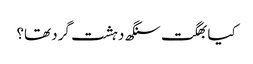
کیا بھگت سنگھ دہشت گرد تھا؟